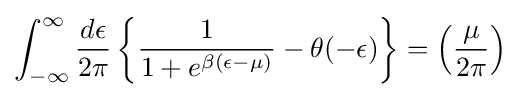
\int _{-\infty }^{\infty }{\frac {d\epsilon }{2\pi }}\left\{{\frac {1}{1+e^{\beta (\epsilon -\mu )}}}-\theta (-\epsilon )\right\}=\left({\frac {\mu }{2\pi }}\right)